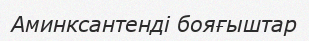
Аминксантенді бояғыштар